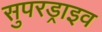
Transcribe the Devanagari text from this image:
सुपरड्राइव